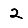
Digit: 2